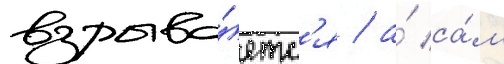
взрыва́етс'я / а́ са́м